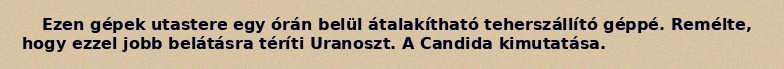
Ezen gépek utastere egy órán belül átalakítható teherszállító géppé. Remélte, hogy ezzel jobb belátásra téríti Uranoszt. A Candida kimutatása.